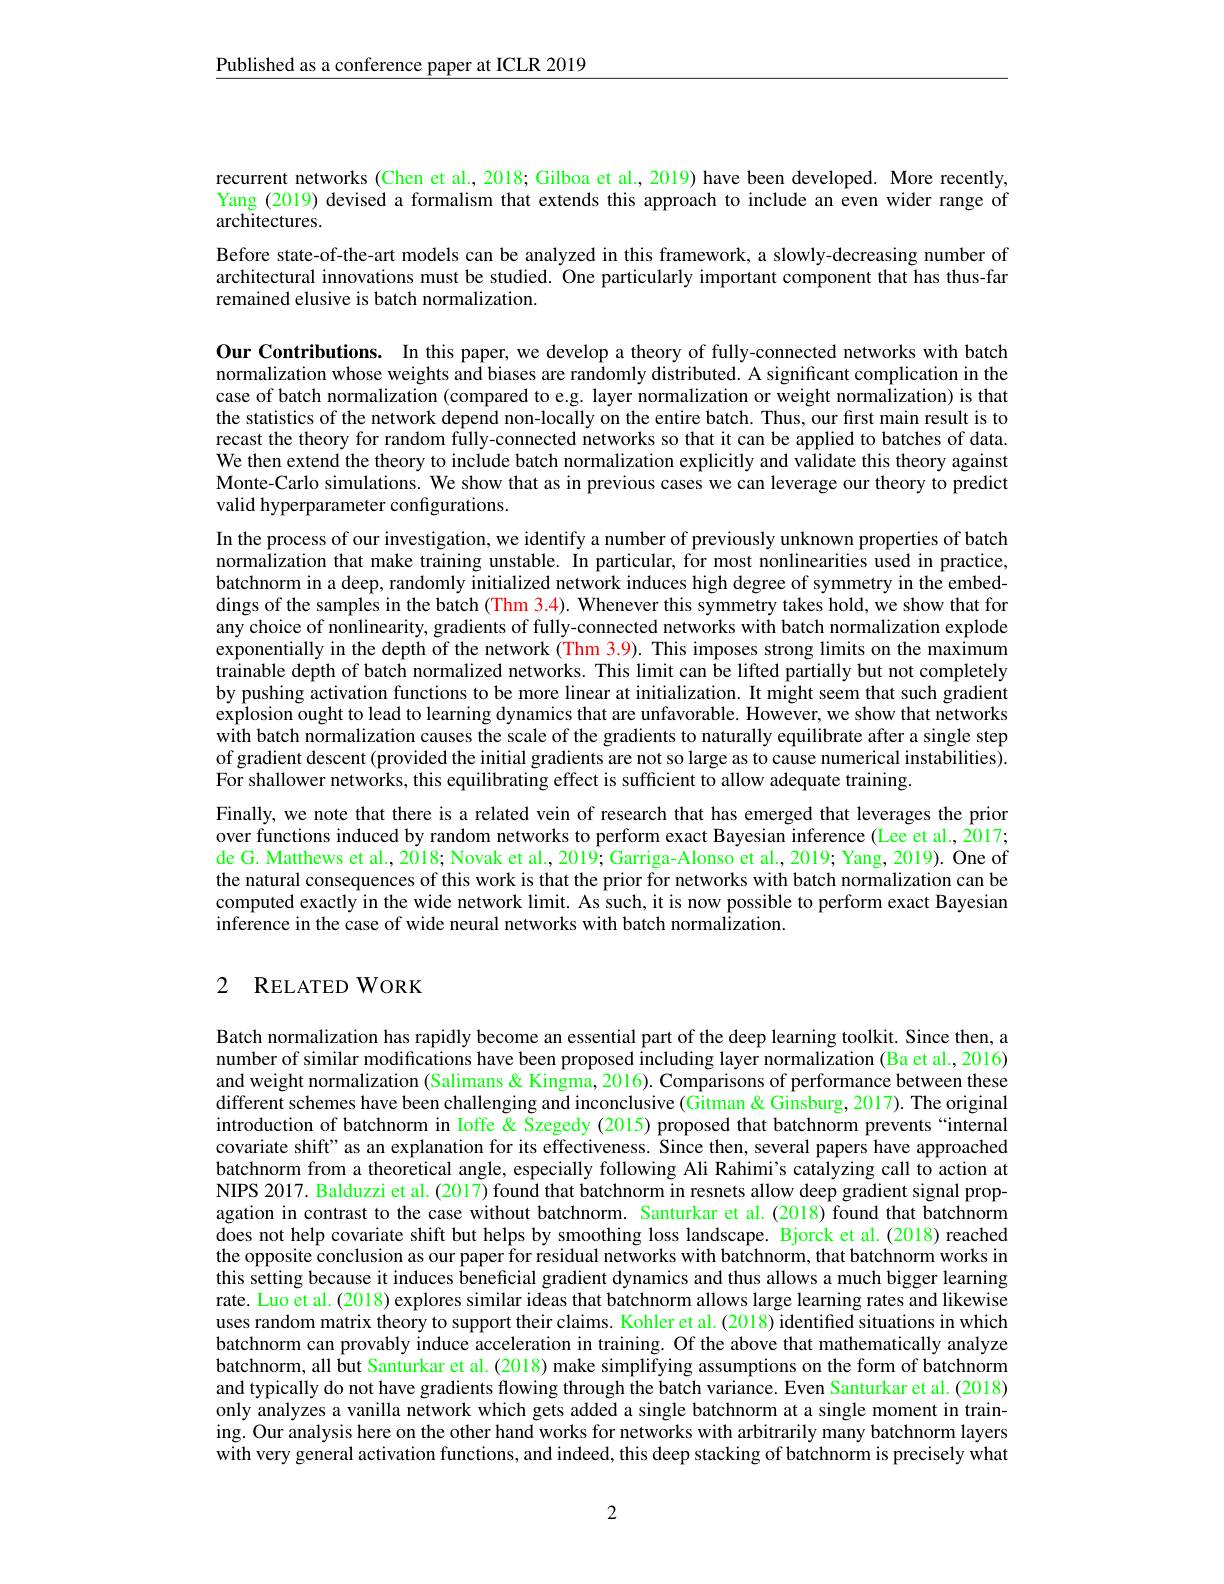
Published as a conference paper at ICLR 2019

recurrent networks (Chen et al., 2018; Gilboa et al., 2019) have been developed. More recently, Yang (2019) devised a formalism that extends this approach to include an even wider range of architectures.

Before state-of-the-art models can be analyzed in this framework, a slowly-decreasing number of architectural innovations must be studied. One particularly important component that has thus-far remained elusive is batch normalization.

Our Contributions. In this paper, we develop a theory of fully-connected networks with batch normalization whose weights and biases are randomly distributed. A significant complication in the case of batch normalization (compared to e.g. layer normalization or weight normalization) is that the statistics of the network depend non-locally on the entire batch. Thus, our first main result is to recast the theory for random fully-connected networks so that it can be applied to batches of data. We then extend the theory to include batch normalization explicitly and validate this theory against Monte-Carlo simulations. We show that as in previous cases we can leverage our theory to predict valid hyperparameter configurations.
In the process of our investigation, we identify a number of previously unknown properties of batch normalization that make training unstable. In particular, for most nonlinearities used in practice, batchnorm in a deep, randomly initialized network induces high degree of symmetry in the embeddings of the samples in the batch (Thm 3.4). Whenever this symmetry takes hold, we show that for any choice of nonlinearity, gradients of fully-connected networks with batch normalization explode exponentially in the depth of the network (Thm 3.9). This imposes strong limits on the maximum trainable depth of batch normalized networks. This limit can be lifted partially but not completely by pushing activation functions to be more linear at initialization. It might seem that such gradient explosion ought to lead to learning dynamics that are unfavorable. However, we show that networks with batch normalization causes the scale of the gradients to naturally equilibrate after a single step of gradient descent (provided the initial gradients are not so large as to cause numerical instabilities). $\tilde{\text{For shallower networks, this equilibrating effect is sufficient to allow adequate training.}}$
Finally, we note that there is a related vein of research that has emerged that leverages the prior over functions induced by random networks to perform exact Bayesian inference (Lee et al., 2017; de G. Matthews et al., 2018; Novak et al., 2019; Garriga-Alonso et al., 2019; Yang, 2019). One of the natural consequences of this work is that the prior for networks with batch normalization can be computed exactly in the wide network limit. As such, it is now possible to perform exact Bayesian $\hat{\text{inference in the case of wide neural networks with batch normalization.}}$

## 2 RELATEDWORK

Batch normalization has rapidly become an essential part of the deep learning toolkit. Since then, a number of similar modifications have been proposed including layer normalization (Ba et al., 2016) and weight normalization (Salimans & Kingma, 2016). Comparisons of performance between these different schemes have been challenging and inconclusive (Gitman& Ginsburg, 2017). The original introduction of batchnorm in Ioffe & Szegedy (2015) proposed that batchnorm prevents“internal covariate shift" as an explanation for its effectiveness. Since then, several papers have approached batchnorm from a theoretical angle, especially following Ali Rahimi's catalyzing call to action at NIPS 2017. Balduzzi et al. (2017) found that batchnorm in resnets allow deep gradient signal propagation in contrast to the case without batchnorm. Santurkar et al.(2018)found that batchnorm does not help covariate shift but helps by smoothing loss landscape. Bjorck et al.(2018) reached the opposite conclusion as our paper for residual networks with batchnorm, that batchnorm works in this setting because it induces beneficial gradient dynamics and thus allows a much bigger learning rate. Luo et al. (2018) explores similar ideas that batchnorm allows large learning rates and likewise uses random matrix theory to support their claims. Kohler et al. (2018) identified situations in which batchnorm can provably induce acceleration in training. Of the above that mathematically analyze batchnorm, all but Santurkar et al. (2018) make simplifying assumptions on the form of batchnorm and typically do not have gradients flowing through the batch variance. Even Santurkar et al. (2018) only analyzes a vanilla network which gets added a single batchnorm at a single moment in training. Our analysis here on the other hand works for networks with arbitrarily many batchnorm layers with very general activation functions, and indeed, this deep stacking of batchnorm is precisely what

2